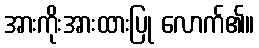
အားကိုးအားထားပြု လောက်၏။